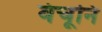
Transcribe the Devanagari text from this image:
वंचूनि